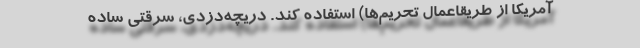
آمریکا از طریقاعمال تحریم‌ها) استفاده کند. دریچه‌دزدی، سرقتی ساده